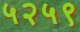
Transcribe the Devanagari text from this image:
५२५९